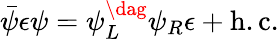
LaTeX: \bar{\psi}\epsilon\psi=\psi_{L}^{\dag}\psi_{R}\epsilon+\mathrm{h.c.}